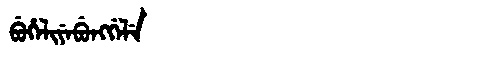
Manchu: ᠪᡠᡥᡝᠯᡳᠶᡝᠪᡠᠩᡤᡝᠯᡝ
Romanization: BUHELIYEBUNGGELE